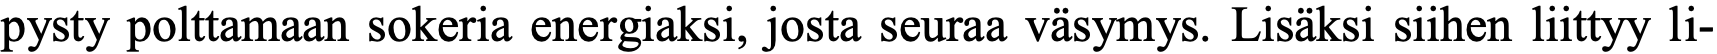
pysty polttamaan sokeria energiaksi, josta seuraa väsymys. Lisäksi siihen liittyy li-